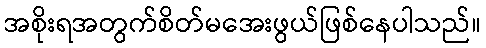
အစိုးရအတွက်စိတ်မအေးဖွယ်ဖြစ်နေပါသည်။